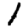
Digit: 1